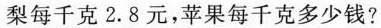
梨每千克2.8元，苹果每千克多少钱?